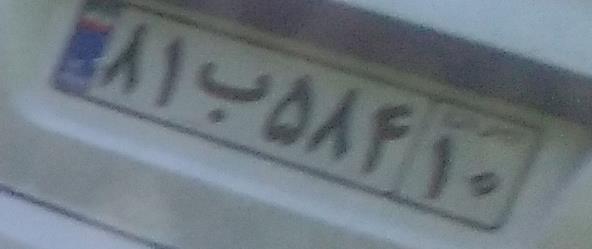
۸۱ب۵۸۴۱۰